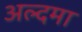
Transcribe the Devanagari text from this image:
अल्दमा